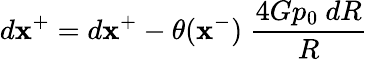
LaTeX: d\mathbf{x}^{+}=d\mathbf{x}^{+}-\theta(\mathbf{x}^{-})~{\frac{{4Gp_{0}~dR}}{{R}}}